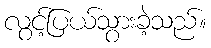
လွင့်ပြယ်သွားခဲ့သည်။